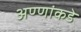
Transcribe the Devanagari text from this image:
अण्णांकडे